Lunatic asylums Burma 1907-21 - 1907-1921
Year: 1907
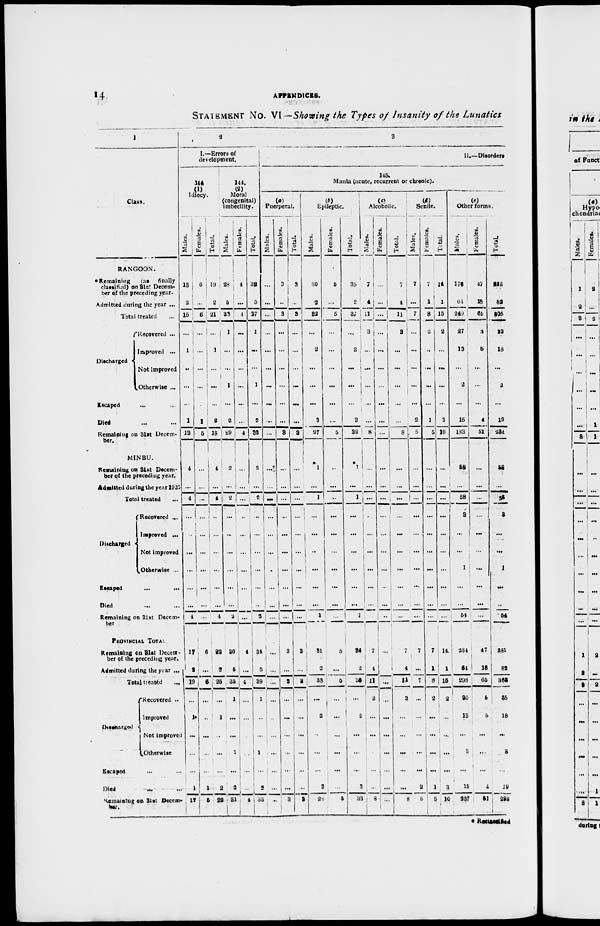
14
APPENDICES.
STATEMENT NO. VI —Showing the Types of Insanity of the Lunatics
1
Class.
RANGOON.
* Remaining
(as
finally
classified) on 31st Decem-
ber of the preceding year.
Admitted during the year ...
Total treated ...
Discharged
Recovered ...
Improved ...
Not improved
Otherwise ...
Escaped ... ...
Died ... ...
Remaining on 31st Decem-
ber.
MINBU.
Remaining on 31st Decem-
ber of the preceding year.
Admitted during the year 1920
Total treated ...
Discharged
Recovered ...
Improved ...
Not improved
Otherwise ...
Escaped
...
...
Died ... ...
Remaining on 31st Decem-
ber
PROVINCIAL TOTAL
Remaining on 31st Decem-
ber of the preceding year.
Admitted during the year ...
Total treated
...
Discharged
Recovered ..
Improved
Not improved
Otherwise
Escaped ... ...
Died
...
...
Remaining on 31st Decem-
ber.
2
I.—Errors of
development.
144
(1)
Idiocy.
Males.
13
2
15
...
1
..
...
...
1
13
4
...
4
...
..
...
...
...
...
4
17
2
19
...
1
...
...
...
1
17
Females.
6
...
6
...
...
...
...
...
1
5
...
...
...
...
...
...
...
...
...
...
6
...
6
...
..
...
...
...
1
5
Total.
19
2
21
...
1
...
...
...
2
18
4
...
4
...
...
...
...
...
...
4
23
2
25
...
1
..
...
...
2
22
144.
(2)
Moral
(congenital)
imbecility.
Males.
28
5
33
1
...
...
1
...
2
29
2
...
2
...
...
...
...
...
...
2
30
5
35
1
...
...
1
...
2
31
Females.
4
...
1
...
...
...
...
...
...
4
...
...
...
..
...
...
...
...
...
...
4
...
4
...
...
...
...
...
...
4
Total.
32
5
37
1
...
...
1
...
2
33
2
...
2
...
...
...
...
...
...
2
34
5
39
1
..
...
1
...
2
35
3
II.—Disorders
145.
Mania (acute, recurrent or chronic).
(a)
Puerperal.
Males.
...
...
...
...
...
...
...
...
...
...
...
...
...
...
...
...
...
...
...
...
...
...
...
...
...
...
...
...
...
..
Females.
3
..
3
...
...
...
...
...
...
3
...
...
...
...
...
...
...
...
...
...
3
...
3
...
...
...
...
...
...
3
Total.
3
...
3
...
...
...
...
...
...
3
...
...
...
...
...
...
...
...
...
...
3
...
3
...
...
...
...
...
...
3
(b)
Epileptic.
Males.
30
2
32
...
2
...
...
...
3
27
*1
...
1
...
...
..
...
...
...
1
31
2
33
...
2
...
...
...
3
28
Females.
5
...
5
...
...
...
...
...
...
5
..
...
..
...
...
...
...
...
...
...
5
...
5
...
...
...
...
...
...
5
Total.
35
2
37
...
2
...
...
...
3
32
*1
...
1
...
...
...
...
...
...
1
36
2
38
...
2
...
...
...
3
33
(c)
Alcoholic.
Males.
7
4
11
3
...
...
...
...
...
8
...
...
...
..
...
...
...
...
...
...
7
4
11
3
...
...
...
...
...
8
Females.
...
...
...
...
...
...
...
...
...
...
...
...
...
...
...
...
...
...
...
...
...
...
...
...
...
...
...
...
...
...
Total.
7
4
11
3
...
...
...
...
...
8
...
...
...
...
...
...
...
...
...
...
7
4
11
3
...
...
...
...
... 8
(d)
Senile.
Males.
7
...
7
...
...
...
...
...
2
5
...
...
...
...
...
...
...
...
...
7
...
7
...
...
...
...
...
2
5
Females.
7
1
8
2
..
...
...
...
1
5
...
...
...
...
...
...
...
...
...
...
7
1
8
2
...
...
...
...
1
5
Total.
14
1
15
2
...
...
...
...
3
10
...
...
...
...
...
...
...
...
...
...
11
1
15
2
...
...
...
...
3
10
(e)
Other forms.
Males.
176
64
240
27
13
...
2
...
15
183
58
...
58
3
...
...
1
...
...
54
234
64
298
30
13
...
3
...
15
237
Females.
47
18
65
15
5
...
...
...
4
51
...
...
...
...
...
...
...
...
...
...
47
18
65
5
5
...
...
...
4
51
Total.
223
82
805
32
18
...
2
...
19
234
58
...
58
3
...
...
1
...
...
54
281
82
363
35
18
...
3
...
19
288
* Reclssified